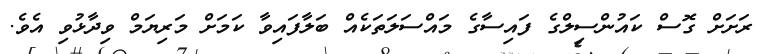
ރަށަށް ގޮސް ކައުންސިލްގެ ފައިސާގެ މައްސަލަތަކެއް ބަލާފައިވާ ކަމަށް މަރިޔަމް ވިދާޅުވި އެވެ.